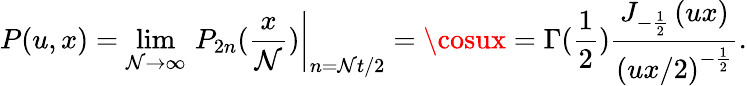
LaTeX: P(u,x)=\operatorname*{lim}_{\mathcal{N}\rightarrow\infty}\left.\, P_{2n}(\frac{{x}}{{\mathcal{N}}})\right|_{n=\mathcal{N}t/2}=\cosux=\Gamma(\frac{1}{2})\frac{{J_{-\frac{1}{2}}\left(ux\right)}}{{\left(ux/2\right)^{-\frac{1}{2}}}}.